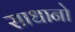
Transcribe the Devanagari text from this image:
साधानो